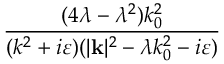
\frac { ( 4 \lambda - \lambda ^ { 2 } ) k _ { 0 } ^ { 2 } } { ( k ^ { 2 } + i \varepsilon ) ( | \mathbf { k } | ^ { 2 } - \lambda k _ { 0 } ^ { 2 } - i \varepsilon ) }